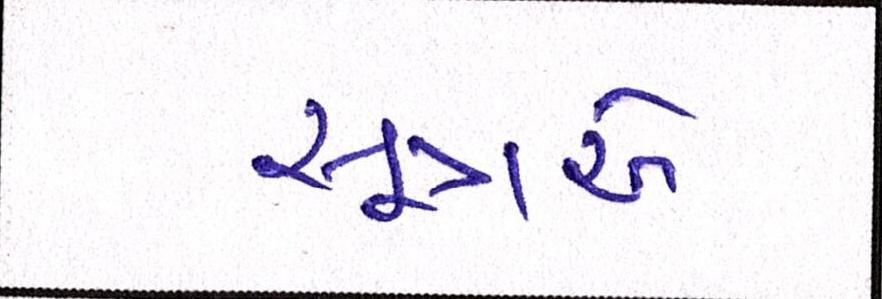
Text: સૂત્રએ